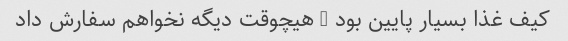
کیف غذا بسیار پایین بود … هیچوقت دیگه نخواهم سفارش داد